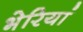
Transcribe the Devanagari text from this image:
भेरियां